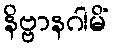
နိဗ္ဗာနဂါမိံ